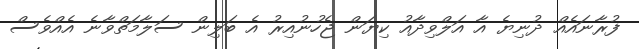
ފުރާނައެއް ދުނިޔެ އާ އަލްވިދާއު ކިޔަން ޖެހުނުއިރު އެ ބަލިން ސަލާމަތްވާނެ އެއްވެސް